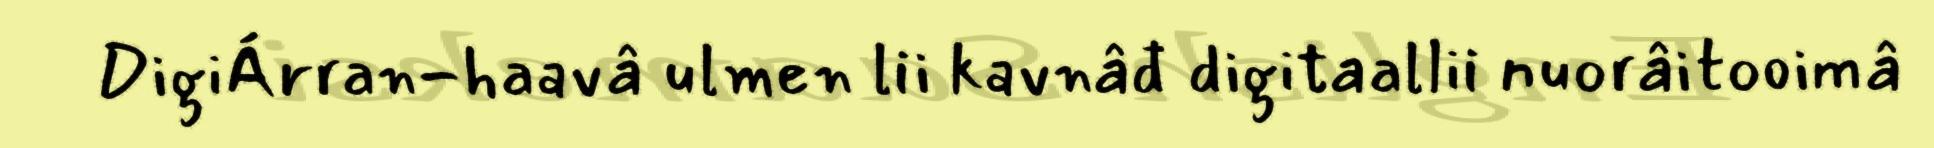
DigiÁrran-haavâ ulmen lii kavnâđ digitaallii nuorâitooimâ